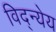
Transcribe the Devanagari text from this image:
विद्न्येय